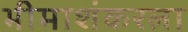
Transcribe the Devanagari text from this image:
भीमाशंकरला